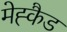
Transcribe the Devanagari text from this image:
मेह्कैड